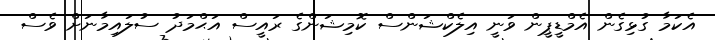
އެކަމާ ގުޅިގެން އެމްޑީޕީން ވަނީ އިލެކްޝަންސް ކޮމިޝަންގެ ރައީސް އަޙްމަދު ސުލައިމާނަށް ވެސް